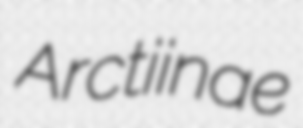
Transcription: Arctiinae